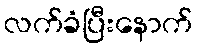
လက်ခံပြီးနောက်